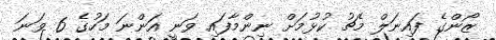
ޒޯންގެ ފައިނަލް މެޗު ކުޅުމަށް ނިންމާފައި ވަނީ އަންނަ މަހުގެ 6 ވަނަ